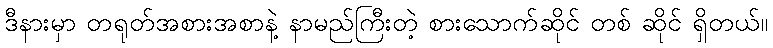
ဒီနားမှာ တရုတ်အစားအစာနဲ့ နာမည်ကြီးတဲ့ စားသောက်ဆိုင် တစ် ဆိုင် ရှိတယ်။